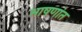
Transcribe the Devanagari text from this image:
भाषणांत